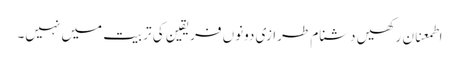
اطمعنان رکھیں دشنام طرازی دونوں فریقین کی تربیت میں نہیں۔